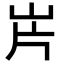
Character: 𡵫